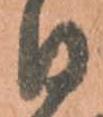
日